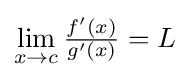
{\textstyle \lim \limits _{x\to c}{\frac {f'(x)}{g'(x)}}=L}